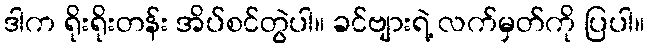
ဒါက ရိုးရိုးတန်း အိပ်စင်တွဲပါ။ ခင်ဗျားရဲ့ လက်မှတ်ကို ပြပါ။